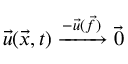
\Vec { u } ( \Vec { x } , t ) \xrightarrow { - \Vec { u } ( \Vec { f } ) } \Vec { 0 }